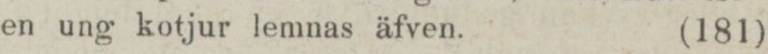
en ung kotjur lemnas äfven.    (181)